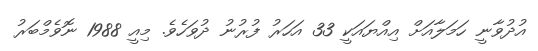
އުދުވާނީ ހަމަލާއަށް އިއްޔައަކީ 33 އަހަރު ފުރުނު ދުވަހެވެ. މިއީ 1988 ނޮވެމްބަރު